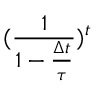
( \frac { 1 } { 1 - \frac { \Delta t } { \tau } } ) ^ { t }